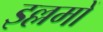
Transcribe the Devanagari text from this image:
इल्लमों